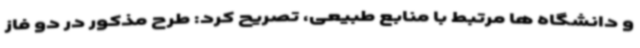
و دانشگاه ها مرتبط با منابع طبیعی، تصریح کرد: طرح مذکور در دو فاز